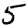
Digit: 5